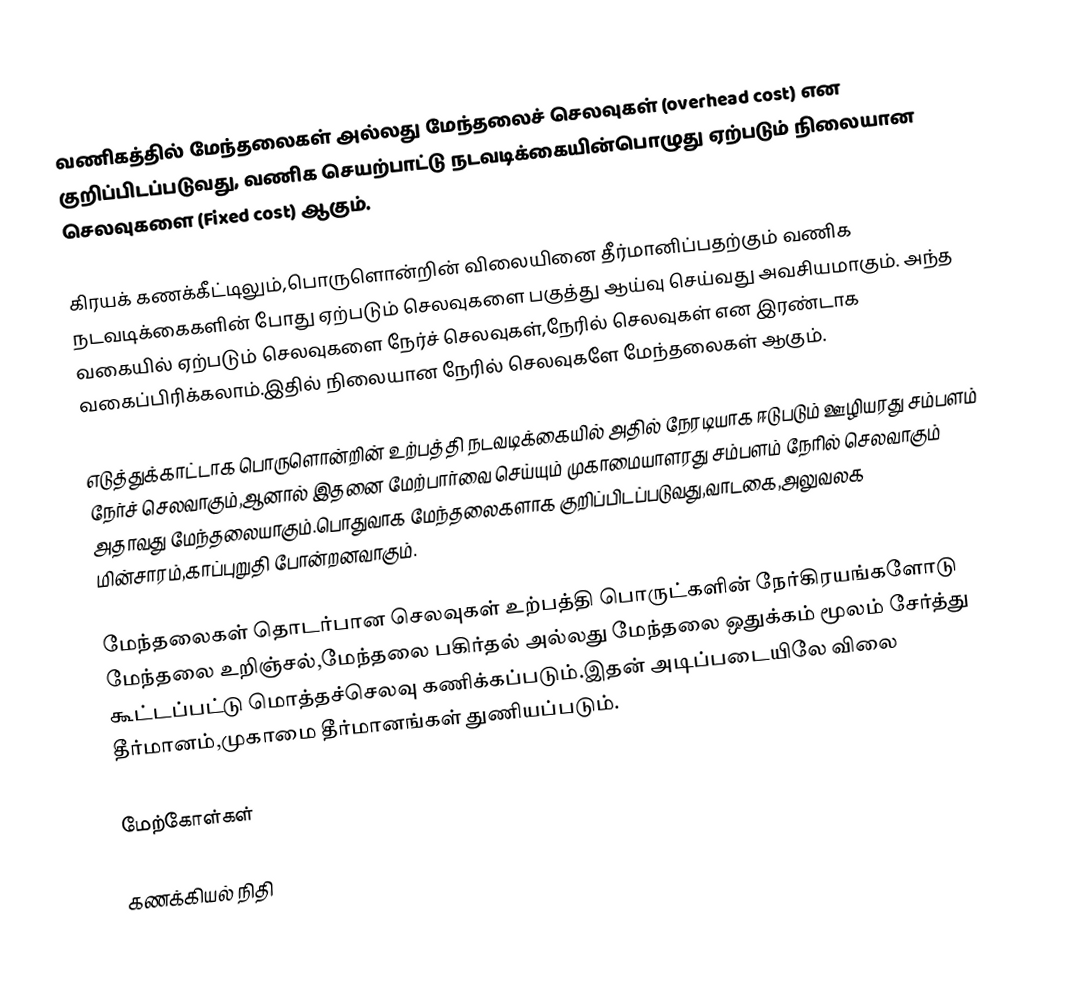
வணிகத்தில் மேந்தலைகள் அல்லது மேந்தலைச் செலவுகள் (overhead cost) என குறிப்பிடப்படுவது, வணிக செயற்பாட்டு நடவடிக்கையின்பொழுது ஏற்படும் நிலையான செலவுகளை (Fixed cost) ஆகும்.

கிரயக் கணக்கீட்டிலும்,பொருளொன்றின் விலையினை தீர்மானிப்பதற்கும் வணிக நடவடிக்கைகளின் போது ஏற்படும் செலவுகளை பகுத்து ஆய்வு செய்வது அவசியமாகும். அந்த வகையில் ஏற்படும் செலவுகளை நேர்ச் செலவுகள்,நேரில் செலவுகள் என இரண்டாக வகைப்பிரிக்கலாம்.இதில் நிலையான நேரில் செலவுகளே மேந்தலைகள் ஆகும்.

எடுத்துக்காட்டாக பொருளொன்றின் உற்பத்தி நடவடிக்கையில் அதில் நேரடியாக ஈடுபடும் ஊழியரது சம்பளம் நேர்ச் செலவாகும்,ஆனால் இதனை மேற்பார்வை செய்யும் முகாமையாளரது சம்பளம் நேரில் செலவாகும் அதாவது மேந்தலையாகும்.பொதுவாக மேந்தலைகளாக குறிப்பிடப்படுவது,வாடகை,அலுவலக மின்சாரம்,காப்புறுதி போன்றனவாகும்.

மேந்தலைகள் தொடர்பான செலவுகள் உற்பத்தி பொருட்களின் நேர்கிரயங்களோடு மேந்தலை உறிஞ்சல்,மேந்தலை பகிர்தல் அல்லது மேந்தலை ஒதுக்கம் மூலம் சேர்த்து கூட்டப்பட்டு மொத்தச்செலவு கணிக்கப்படும்.இதன் அடிப்படையிலே விலை தீர்மானம்,முகாமை தீர்மானங்கள் துணியப்படும்.

மேற்கோள்கள்

கணக்கியல் நிதி